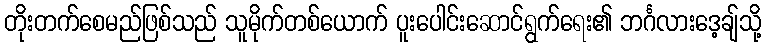
တိုးတက်စေမည်ဖြစ်သည် သူမိုက်တစ်ယောက် ပူးပေါင်းဆောင်ရွက်ရေး၏ ဘင်္ဂလားဒေ့ချ်သို့